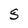
Character: S